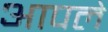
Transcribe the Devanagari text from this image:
अापले